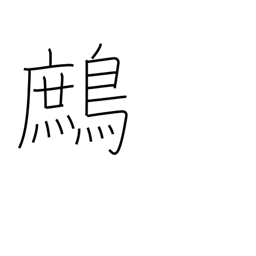
Meaning: partridge